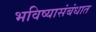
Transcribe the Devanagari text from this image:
भविष्यासंबंधात